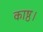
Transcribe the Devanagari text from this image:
काष्ठ।